Annual report of the Central Committee of the Association together with the report of the directors of the Pasteur Institute at Kasauli
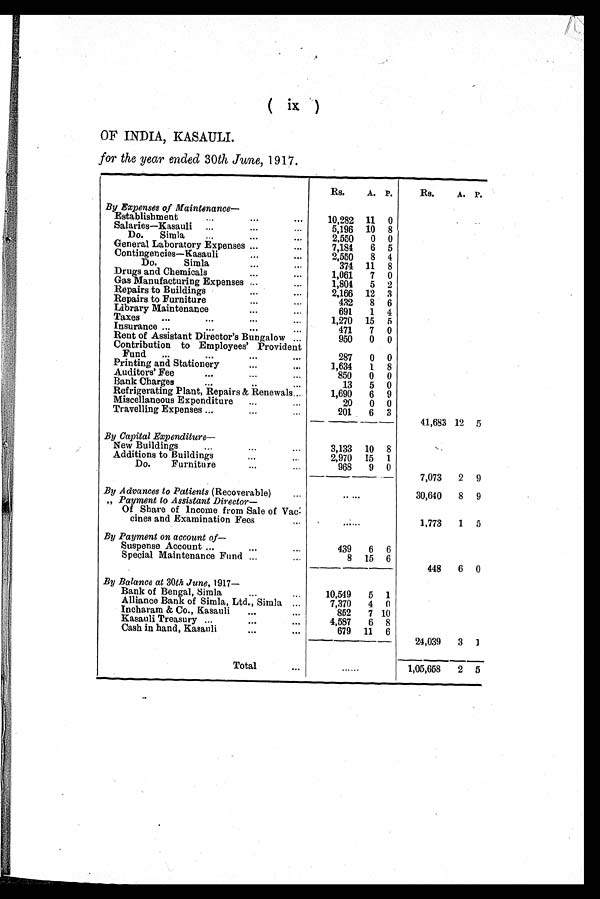
( ix )
OF INDIA, KASAULI.
for the year ended 30th June, 1917.
Rs.
A. P.
Rs.
A. P.
By Expenses of Maintenance—
Establishment
10,282 11 0
Salaries—Kasauli
5,196 10 8
Do Simla...
2.550
0 0
General Laboratory Expenses.
7,184
6 5
Contingencies—Kasauli
2,550
8 4
Do Simla
374 11 8
Drugs and Chemicals
1,061
7 0
Gas Manufacturing Expenses
1,804
5 2
Repairs to Buildings
2,166 12 3
Repairs to Furniture
432
8 6
Library Maintenance
691
1 4
Taxes
1,270 15 5
Insurance
471
7 0
Rent of Assistant Director's Bungalow
950
0 0
Contribution to Employees' Provident
Fund
287
0 0
Printing and Stationery
1,634
1 8
Auditors' Fee
850
0 0
Bank Charges
13
5 0
Refrigerating Plant, Repairs & Renewals
1,690
6 9
Miscellaneous Expenditure
20
0 0
Travelling Expenses. .
201
6 3
41,683 12 5
By Capital Expenditure—
New Buildings
3,133 10 8
Additions to Buildings
2,970 15 1
Do. Furniture
968
9 0
7,073
2 9
By Advances to Patients (Recoverable)
.....
30,640
8 9
„ Payment to Assistant Director
Of Share of income from Sale of Vac
-
cines and Examination Fees
......
1,773
1 5
By Payment on account of
Suspense Account
439
6 6
Special Maintenance Fund
8 15 6
448
6 0
By Balance at 30th June, 1917—
Bank of Bengal, Simla
10,549
5 1
Alliance Bank of Simla, Ltd., Simla
7,370
4 0
Incharam & Co., Kasauli
852
7 10
Kasauli Treasury
4,587
6 8
Cash in hand, Kasauli
679 11 6
24,039
3 1
Total
...
......
1,05,668
2 5